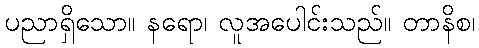
ပညာရှိသော။ နရော၊ လူအပေါင်းသည်။ တာနိစ၊